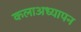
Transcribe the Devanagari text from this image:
कलाअध्यापन